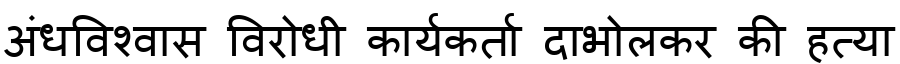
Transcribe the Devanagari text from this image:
अंधविश्वास विरोधी कार्यकर्ता दाभोलकर की हत्या